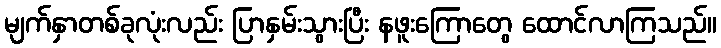
မျက်နှာတစ်ခုလုံးလည်း ပြာနှမ်းသွားပြီး နဖူးကြောတွေ ထောင်လာကြသည်။